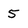
Character: 5